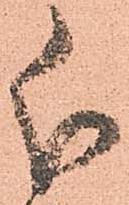
分